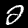
Digit: 2